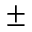
\pm